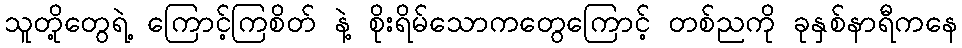
သူတို့တွေရဲ့ ကြောင့်ကြစိတ် နဲ့ စိုးရိမ်သောကတွေကြောင့် တစ်ညကို ခုနှစ်နာရီကနေ